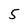
Character: 5